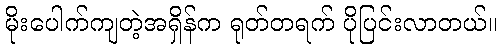
မိုးပေါက်ကျတဲ့အရှိန်က ရုတ်တရက် ပိုပြင်းလာတယ်။